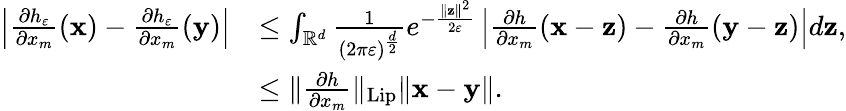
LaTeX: \begin{array}{rl}{\left|\frac{\partial h_{\varepsilon}}{\partial x_{m}}(\mathbf{x})-\frac{\partial h_{\varepsilon}}{\partial x_{m}}(\mathbf{y})\right|}&{\leq\int_{\mathbb{R}^{d}}\frac{1}{(2\pi\varepsilon)^{\frac{d}{2}}}e^{-\frac{\| \mathbf{z}\| ^{2}}{2\varepsilon}}\left|\frac{\partial h}{\partial x_{m}}(\mathbf{x}-\mathbf{z})-\frac{\partial h}{\partial x_{m}}(\mathbf{y}-\mathbf{z})\right|d\mathbf{z},}\\ &{\leq\| \frac{\partial h}{\partial x_{m}}\| _{\textup{Lip}}\| \mathbf{x}-\mathbf{y}\| .}\end{array}